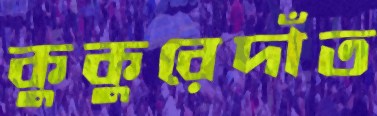
কুকুরেদাঁত